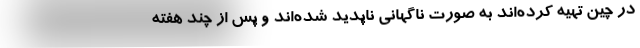
در چین تهیه کرده‌اند به صورت ناگهانی ناپدید شده‌اند و پس از چند هفته